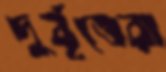
দুর্বৃত্তেরা